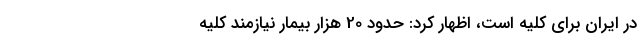
در ایران برای کلیه است،‌ اظهار کرد: حدود 20 هزار بیمار نیازمند کلیه